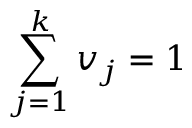
\sum _ { j = 1 } ^ { k } v _ { j } = 1